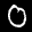
Label: 0